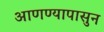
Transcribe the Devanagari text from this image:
आणण्यापासुन